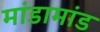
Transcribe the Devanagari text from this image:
मांडामांड